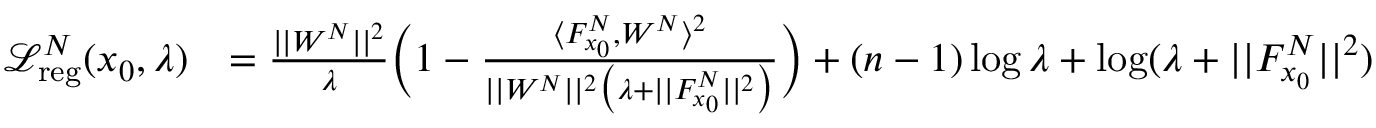
\begin{array} { r l } { \mathcal { L } _ { \mathrm { r e g } } ^ { N } ( x _ { 0 } , \lambda ) } & { = \frac { | | W ^ { N } | | ^ { 2 } } { \lambda } \bigg ( 1 - \frac { \langle F _ { x _ { 0 } } ^ { N } , W ^ { N } \rangle ^ { 2 } } { | | W ^ { N } | | ^ { 2 } \big ( \lambda + | | F _ { x _ { 0 } } ^ { N } | | ^ { 2 } \big ) } \bigg ) + ( n - 1 ) \log \lambda + \log ( \lambda + | | F _ { x _ { 0 } } ^ { N } | | ^ { 2 } ) } \end{array}